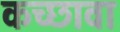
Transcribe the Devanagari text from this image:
कच्छावा